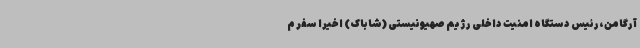
آرگامن،رئیس دستگاه امنیت داخلی رژیم صهیونیستی (شاباک) اخیرا سفر م